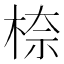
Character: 㮈